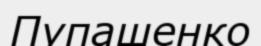
Пупашенко